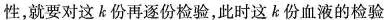
性，就要对这k份再逐份检验，此时这k份血液的检验